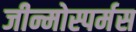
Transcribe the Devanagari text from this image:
जीन्मोस्पर्मस